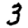
Digit: 3